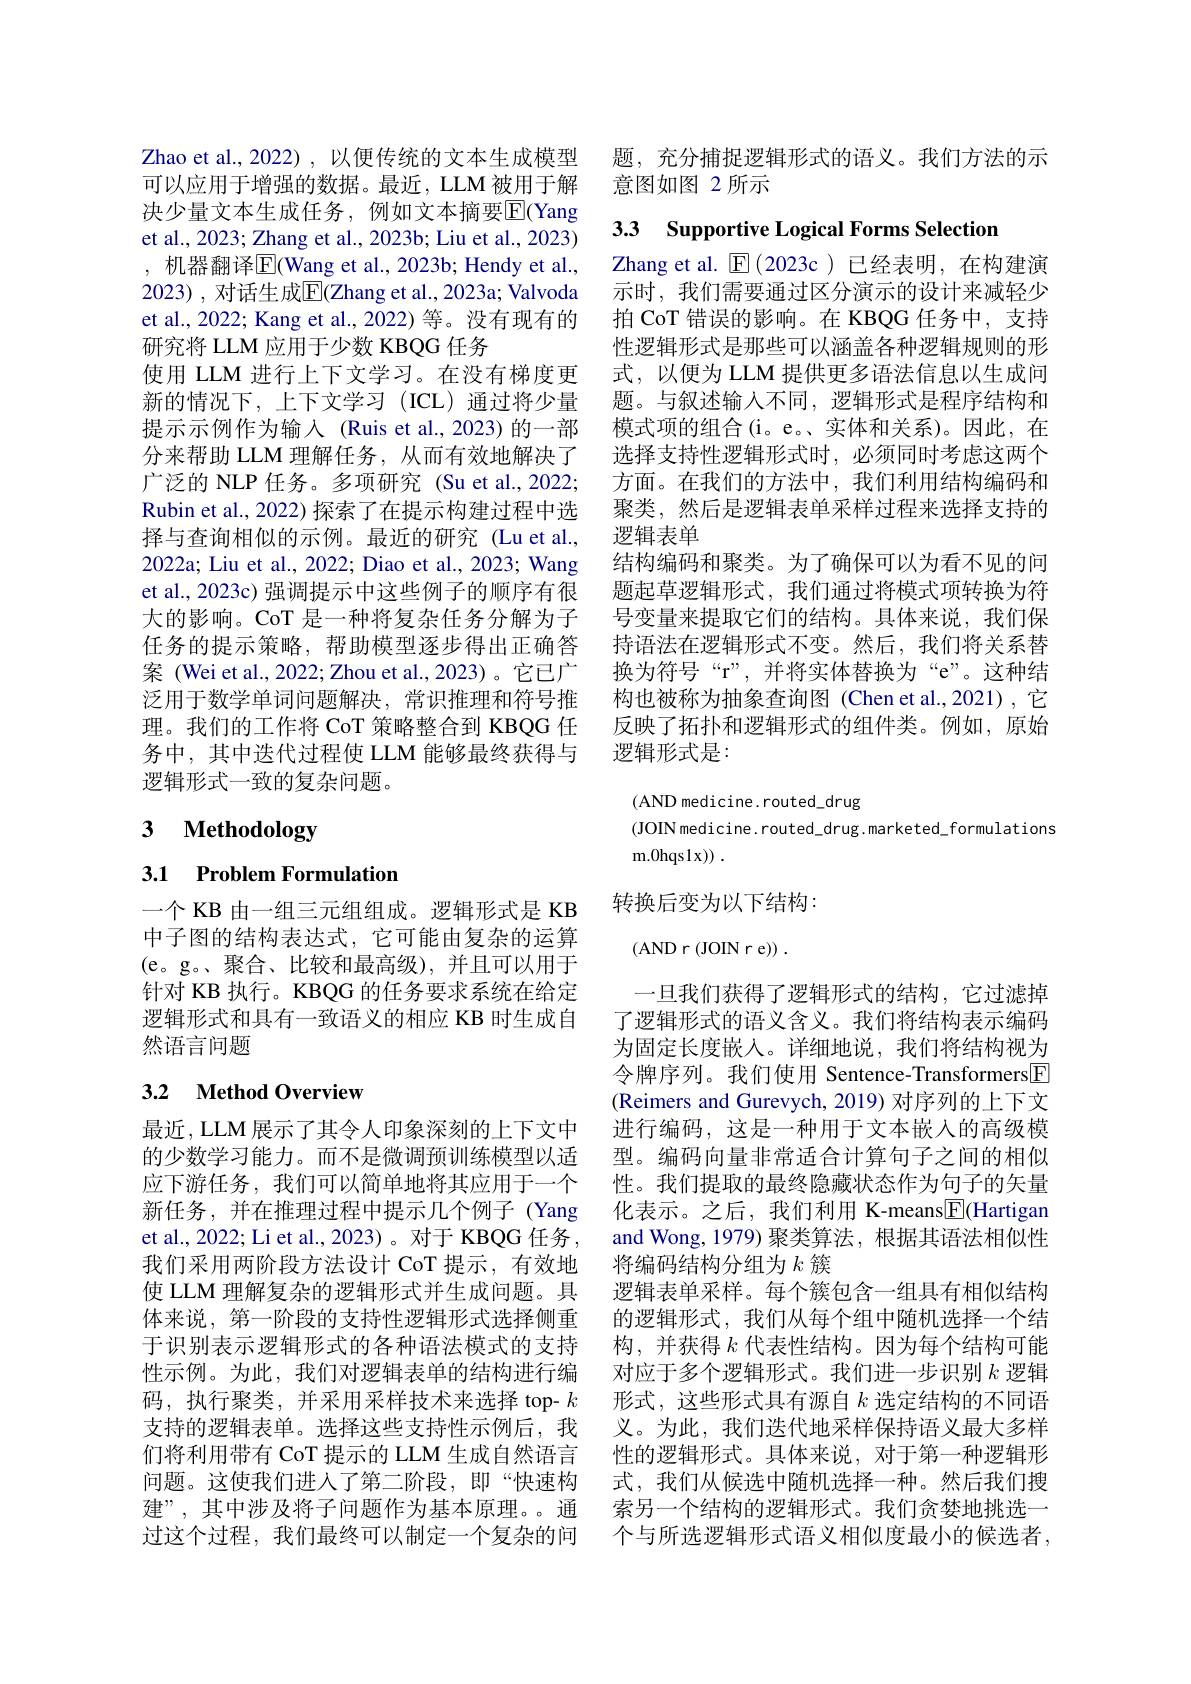
可以应用于增强的数据。最近，LLM被用于解决少量文本生成任务，例如文本摘要$\overline{\mathrm{E}}($Yang et al., 2023; Zhang et al., 2023b; Liu et al., 2023) , 机器翻译$\mathbb{E}|$Wang et al., 2023b; Hendy et al., 2023) , 对话生成$\overline{\mathbb{E}}($Zhang et al., 2023a; Valvoda et al.,2022; Kang et al.,2022) 等。没有现有的研究将 LLM 应用于少数 KBQG 任务
使用 LLM 进行上下文学习。在没有梯度更新的情况下，上下文学习(ICL)通过将少量提示示例作为输入(Ruis et al., 2023) 的一部分来帮助 LLM 理解任务，从而有效地解决了广泛的 NLP 任务。多项研究(Su et al., 2022; Rubin et al., 2022) 探索了在提示构建过程中选择与查询相似的示例。最近的研究(Lu et al., 2022a; Liu et al., 2022; Diao et al., 2023; Wang et al., 2023c) 强调提示中这些例子的顺序有很大的影响。CoT 是一种将复杂任务分解为子任务的提示策略，帮助模型逐步得出正确答案 (Wei et al., 2022; Zhou et al., 2023)。它已广泛用于数学单词问题解决，常识推理和符号推理。我们的工作将 CoT 策略整合到 KBQG 任务中，其中迭代过程使 LLM 能够最终获得与逻辑形式一致的复杂问题。

# 3 Methodology

3.1 Problem Formulation

一个 KB 由一组三元组组成。逻辑形式是 KB 中子图的结构表达式，它可能由复杂的运算(e。g。聚合、比较和最高级),并且可以用于针对 KB 执行。KBQG 的任务要求系统在给定逻辑形式和具有一致语义的相应 KB 时生成自然语言问题

# 3.2 Method Overview

最近，LLM 展示了其令人印象深刻的上下文中的少数学习能力。而不是微调预训练模型以适应下游任务，我们可以简单地将其应用于一个et al., 2022; Li et al., 2023)。对于 KBQG 任务， 我们采用两阶段方法设计 CoT 提示，有效地使 LLM 理解复杂的逻辑形式并生成问题。具体来说，第一阶段的支持性逻辑形式选择侧重于识别表示逻辑形式的各种语法模式的支持性示例。为此，我们对逻辑表单的结构进行编码，执行聚类，并采用采样技术来选择 top- $k$ 支持的逻辑表单。选择这些支持性示例后，我过这个过程，我们最终可以制定一个复杂的问

Zhao et al., 2022), 以便传统的文本生成模型 题，充分捕捉逻辑形式的语义。我们方法的示
意图如图 2 所示

3.3 Supportive Logical Forms Selection

Zhang et al. $\operatorname{E}(2023$c)已经表明，在构建演示时，我们需要通过区分演示的设计来减轻少拍 CoT 错误的影响。在 KBQG 任务中，支持性逻辑形式是那些可以涵盖各种逻辑规则的形式，以便为 LLM 提供更多语法信息以生成问题。与叙述输人不同，逻辑形式是程序结构和模式项的组合(i。e。、实体和关系)。因此，在选择支持性逻辑形式时，必须同时考虑这两个方面。在我们的方法中，我们利用结构编码和聚类，然后是逻辑表单采样过程来选择支持的逻辑表单
结构编码和聚类。为了确保可以为看不见的问题起草逻辑形式，我们通过将模式项转换为符号变量来提取它们的结构。具体来说，我们保持语法在逻辑形式不变。然后，我们将关系替换为符号“r”,并将实体替换为“e”。这种结构也被称为抽象查询图(Chen et al.,2021),它反映了拓扑和逻辑形式的组件类。例如，原始逻辑形式是：

(AND medicine.routed\_drug
(JOINmedicine. routed$\_$drug. marketed$\_$formulations
m.0hqs1x))\:.

转换后变为以下结构：

(AND r(JOIN r e)).

一旦我们获得了逻辑形式的结构，它过滤掉了逻辑形式的语义含义。我们将结构表示编码为固定长度嵌入。详细地说，我们将结构视为令牌序列。我们使用 Sentence-Transformers[F] (Reimers and Gurevych, 2019) 对序列的上下文进行编码，这是一种用于文本嵌入的高级模型。编码向量非常适合计算句子之间的相似性。我们提取的最终隐藏状态作为句子的矢量
新任务 , 并在推理过程中提示几个例子 (Yang 化表示。之后，我们利用 K-means$\boxed{\mathrm{F}}$(Hartigan
and Wong, 1979) 聚类算法，根据其语法相似性
将编码结构分组为$k$ 簇
逻辑表单采样。每个簇包含一组具有相似结构的逻辑形式，我们从每个组中随机选择一个结构，并获得$k$代表性结构。因为每个结构可能对应于多个逻辑形式。我们进一步识别$k$逻辑形式，这些形式具有源自$k$选定结构的不同语义。为此，我们迭代地采样保持语义最大多样
们将利用带有 CoT 提示的 LLM 生成自然语言 性的逻辑形式。具体来说，对于第一种逻辑形问题。这使我们进人了第二阶段，即“快速构 式，我们从候选中随机选择一种。然后我们搜建”,其中涉及将子问题作为基本原理。。通 索另一个结构的逻辑形式。我们贪婪地挑选一
个与所选逻辑形式语义相似度最小的候选者，